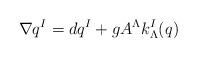
LaTeX: \begin{align*}\nabla q^I= d q^I +g A^\Lambda k_{\Lambda}^I (q)\end{align*}